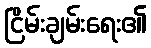
ငြိမ်းချမ်းရေး၏